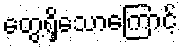
တွေ့ရှိသောကြောင့်